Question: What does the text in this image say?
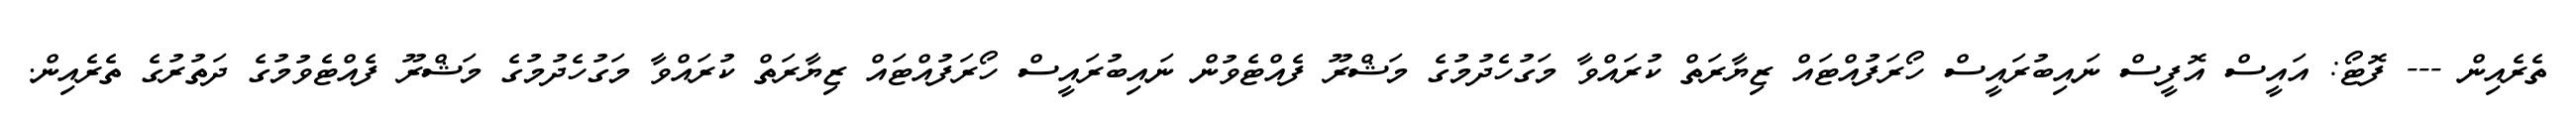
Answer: ތެރެއިން --- ފޮޓޯ: އައީސް އޮފީސް ނައިބުރައީސް ހޯރަފުއްޓައް ޒިޔާރަތް ކުރައްވާ މަގުހެދުމުގެ މަޝްރޫ ފެއްޓެވުން ނައިބުރައީސް ހޯރަފުއްޓައް ޒިޔާރަތް ކުރައްވާ މަގުހެދުމުގެ މަޝްރޫ ފެއްޓެވުމުގެ ދަތުރުގެ ތެރެއިން.